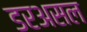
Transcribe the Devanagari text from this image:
डरअसल